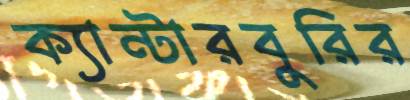
ক্যান্টারবুরির